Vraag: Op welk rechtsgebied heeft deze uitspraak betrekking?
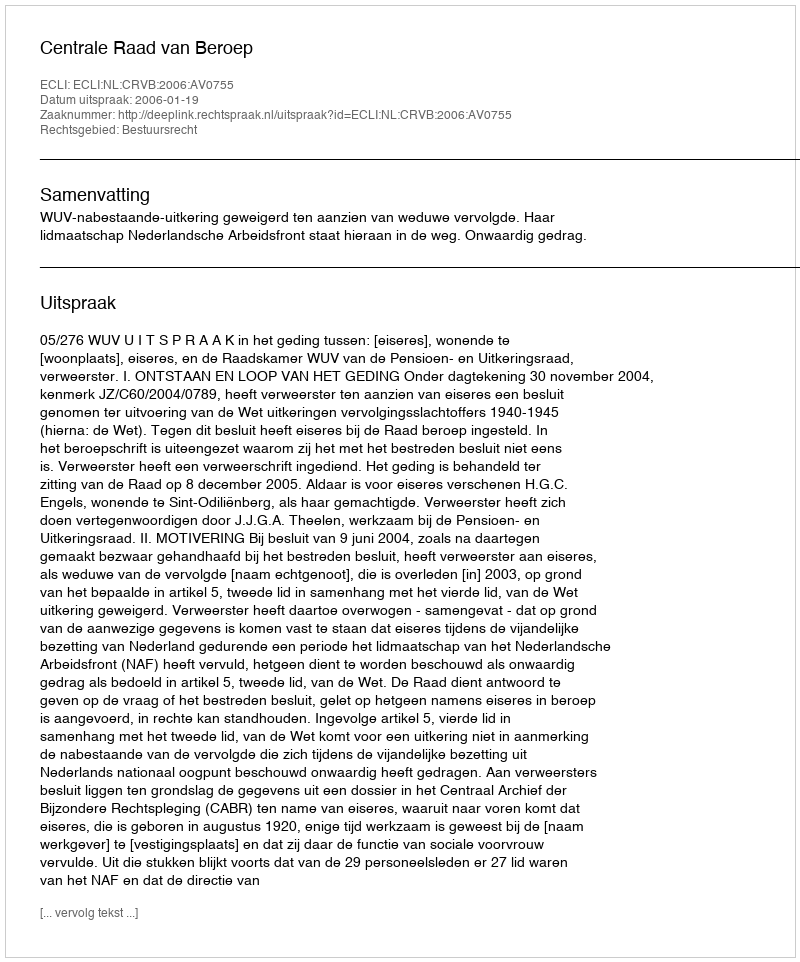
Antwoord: Bestuursrecht